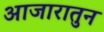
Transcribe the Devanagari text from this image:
आजारातुन